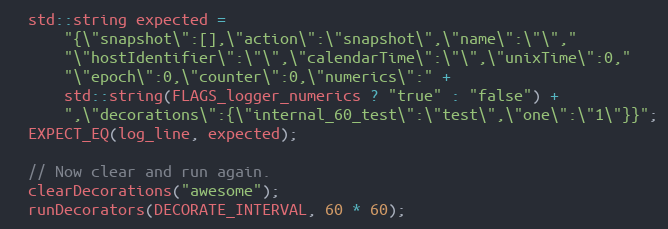
Language: C++
  std::string expected =
      "{\"snapshot\":[],\"action\":\"snapshot\",\"name\":\"\","
      "\"hostIdentifier\":\"\",\"calendarTime\":\"\",\"unixTime\":0,"
      "\"epoch\":0,\"counter\":0,\"numerics\":" +
      std::string(FLAGS_logger_numerics ? "true" : "false") +
      ",\"decorations\":{\"internal_60_test\":\"test\",\"one\":\"1\"}}";
  EXPECT_EQ(log_line, expected);

  // Now clear and run again.
  clearDecorations("awesome");
  runDecorators(DECORATE_INTERVAL, 60 * 60);